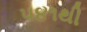
૫૪૧થી